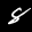
Label: 8